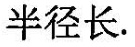
半径长.